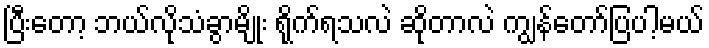
ပြီးတော့ ဘယ်လိုသံခွာမျိုး ရိုက်ရသလဲ ဆိုတာလဲ ကျွန်တော်ပြပါ့မယ်